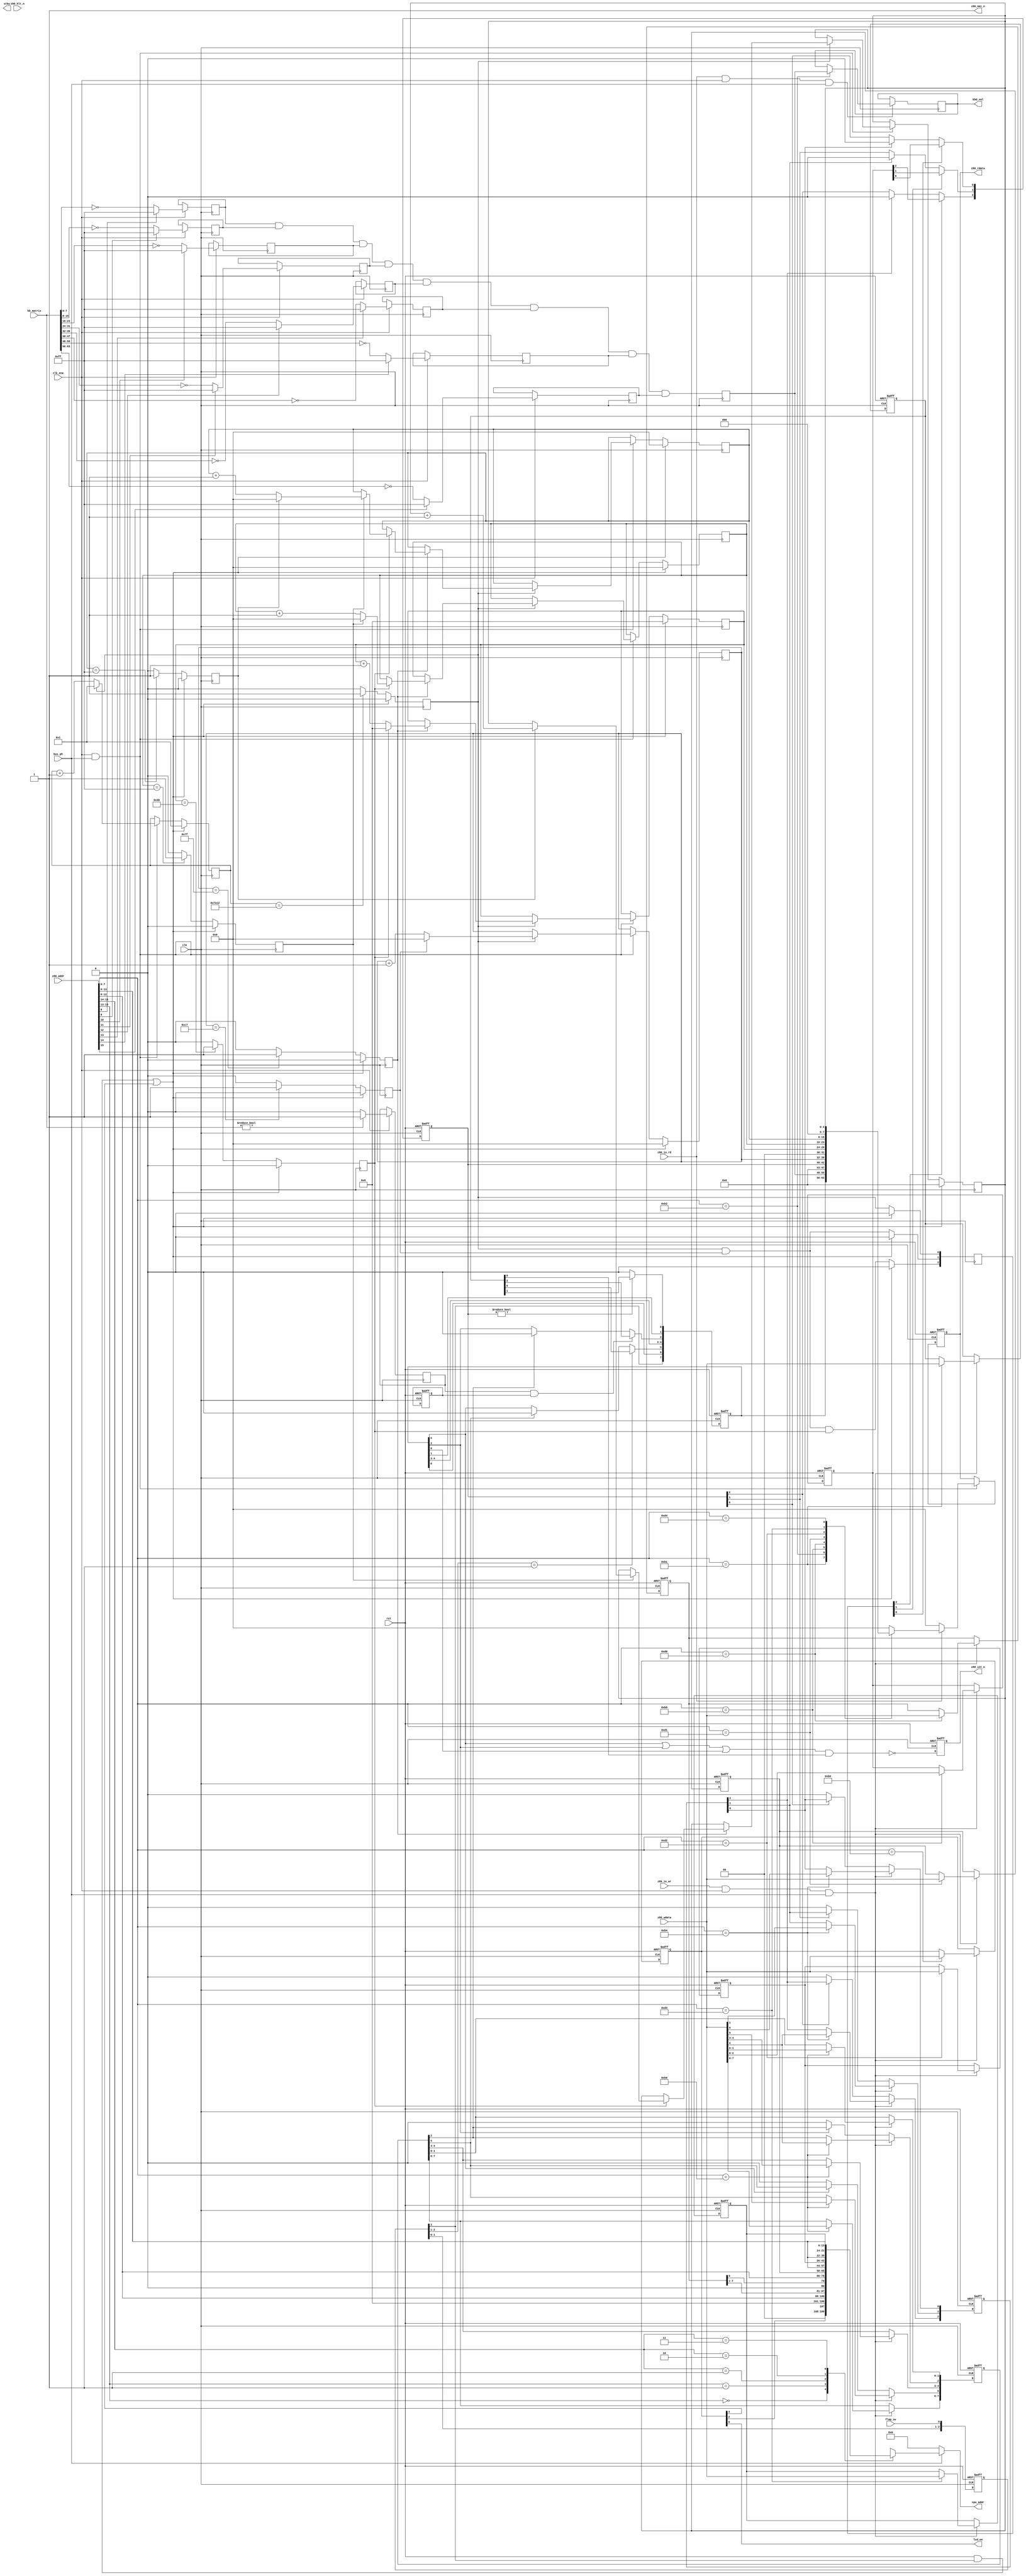
module z88_blink
(
    // Clock and reset
    input           rst,          // Global reset
    input           clk,          // Master clock (50 MHz)
    input           clk_ena,      // 12.5 MHz equivalent clock
    input           bus_ph,       // Bus phase (0 : LCD, 1 : Z80)
    
    // Z80 bus
    input           z80_io_rd,    // Z80 I/O read
    input           z80_io_wr,    // Z80 I/O write
    input    [15:0] z80_addr,     // Z80 address bus
    input     [7:0] z80_wdata,    // Z80 data bus (write)
    output    [7:0] z80_rdata,    // Z80 data bus (read)
    input           z80_hlt_n,    // HALT Coma / Standby command
    output          z80_int_n,    // Maskable interrupt
    output          z80_nmi_n,    // Non maskable interrupt
    
    output   [21:0] cpu_addr,     // 4 MB address space
    
    output          lcd_on,       // LCD is ON
    
    output          stby,         // Standby mode
    
    input    [63:0] kb_matrix,    // 64-key keyboard matrix
    output    [7:0] kbd_val,      // KBD register value (debug)
    
    input           flap_sw       // Flap switch
);

    // ========================================================================
    // MMU Registers Write
    // ========================================================================
    
    // Bank switching (write only)
    reg  [7:0] r_SR0 /* verilator public */;
    reg  [7:0] r_SR1 /* verilator public */;
    reg  [7:0] r_SR2 /* verilator public */;
    reg  [7:0] r_SR3 /* verilator public */;

    // Segment Registers Write
    always @(posedge rst or posedge clk) begin : MMU_REGS_WR
    
        if (rst) begin
            r_SR0 <= 8'h00;
            r_SR1 <= 8'h00;
            r_SR2 <= 8'h00;
            r_SR3 <= 8'h00;
        end
        else begin
            // IO Register Write
            if (z80_io_wr & clk_ena & bus_ph) begin 
                case(z80_addr[7:0])
                    8'hD0 : r_SR0 <= z80_wdata;
                    8'hD1 : r_SR1 <= z80_wdata;
                    8'hD2 : r_SR2 <= z80_wdata;
                    8'hD3 : r_SR3 <= z80_wdata;
                    default : ;
                endcase
            end
        end
    end
    
    // ========================================================================
    // Real time clock
    // ========================================================================
    
    reg [14:0] r_div_5ms; // 6.25 MHz to 200 Hz divider
    reg  [7:0] r_TIM0;    // 5ms tick counter (0-199)
    reg  [5:0] r_TIM1;    // Seconds counter (0-59)
    reg  [7:0] r_TIM2;    // Minutes counter LOW (0-255)
    reg  [7:0] r_TIM3;    // Minutes counter MID (0-255)
    reg  [4:0] r_TIM4;    // Minutes counter HI (0-31)
    reg  [2:0] r_rtc_irq; // Interrupt requests
    
    always @(posedge clk) begin : REAL_TIME_CLK
        reg v_tick_5ms;
        reg v_tick_640ms;
        reg v_tick_1sec;
        reg v_tick_1min;
        reg v_inc_mid;
        reg v_inc_msb;
    
        if ((rst & r_flap_cc[2]) | r_COM[4]) begin
            r_div_5ms    <= 15'd1;
            r_TIM0       <= 8'd0;
            r_TIM1       <= 6'd0;
            r_TIM2       <= 8'd0;
            r_TIM3       <= 8'd0;
            r_TIM4       <= 5'd0;
            r_rtc_irq    <= 3'b000;
            
            v_tick_5ms   <= 1'b0;
            v_tick_640ms <= 1'b0;
            v_tick_1sec  <= 1'b0;
            v_tick_1min  <= 1'b0;
            v_inc_mid    <= 1'b0;
            v_inc_msb    <= 1'b0;
        end
        else begin
            if (clk_ena & bus_ph) begin
                if (v_tick_5ms) begin
                    if (v_tick_640ms) begin
                        if (v_tick_1min) begin
                            if (v_inc_mid) begin
                                if (v_inc_msb) begin
                                    // Minutes HI counter
                                    r_TIM4 <= r_TIM4 + 5'd1;
                                    // Minutes MID counter
                                    r_TIM3 <= 8'd0;
                                end
                                else begin
                                    r_TIM3 <= r_TIM3 + 8'd1;
                                end
                                // Minutes LOW counter
                                r_TIM2 <= 8'd0;
                            end
                            else begin
                                r_TIM2 <= r_TIM2 + 8'd1;
                            end
                            // Seconds counter
                            r_TIM1 <= 6'd0;
                        end
                        else begin
                            r_TIM1 <= r_TIM1 + 6'd1;
                        end
                    end
                    if (v_tick_1sec) begin
                        // 200 Hz counter
                        r_TIM0 <= 8'd0;
                    end
                    else begin
                        r_TIM0 <= r_TIM0 + 8'd1;
                    end
                    // 6.25 MHz counter
                    r_div_5ms <= 15'd1;
                end
                else begin
                    r_div_5ms <= r_div_5ms + 15'd1;
                end
            end
            
            // Interrupt requests
            r_rtc_irq[0] <= v_tick_5ms;
            r_rtc_irq[1] <= v_tick_5ms & v_tick_1sec;
            r_rtc_irq[2] <= v_tick_5ms & v_tick_1sec & v_tick_1min;
            
            // Comparators
            v_tick_5ms   <= (r_div_5ms == 15'd31250) ? 1'b1 : 1'b0;
            v_tick_640ms <= (r_TIM0 == 8'd127) ? 1'b1 : 1'b0;
            v_tick_1sec  <= (r_TIM0 == 8'd199) ? 1'b1 : 1'b0;
            v_tick_1min  <= (r_TIM1 == 6'd59) ? 1'b1 : 1'b0;
            v_inc_mid    <= (r_TIM2 == 8'd255) ? 1'b1 : 1'b0;
            v_inc_msb    <= (r_TIM3 == 8'd255) ? 1'b1 : 1'b0;
        end
    end

    // ========================================================================
    // Blink interrupts
    // ========================================================================
    
    // Common control register (I/O address $B0)
    reg  [7:0] r_COM /* verilator public */;
    // Interrupt masking register (I/O address $B1)
    reg  [7:0] r_INT;
    // Interrupt acknowledge register (I/O address $B6)
    reg  [7:0] r_ACK;
    // Interrupt status register (I/O address $B1)
    reg  [7:0] r_STA;
    // Timer interrupt acknowledge (I/O address $B4)
    reg  [2:0] r_TACK;
    // Timer interrupt mask (I/O address $B5)
    reg  [2:0] r_TMSK;
    // Timer interrupt status (I/O address $B5)
    reg  [2:0] r_TSTA;
    // Z80 interrupt
    reg        r_int_n;
    // Standby mode
    reg        r_stby;
    // Flap switch
    reg  [2:0] r_flap_cc;
    
    always @(posedge rst or posedge clk) begin : BLINK_IRQ
        
        if (rst) begin
            r_COM     <= 8'h00;
            r_INT     <= 8'h00;
            r_ACK     <= 8'h00;
            r_STA     <= 8'h00;
            r_TACK    <= 3'b000;
            r_TMSK    <= 3'b000;
            r_TSTA    <= 3'b000;
            r_int_n   <= 1'b1;
            r_stby    <= 1'b0;
            r_flap_cc <= 3'b000;
        end
        else begin
            // I/O Registers Write
            if (z80_io_wr & clk_ena & bus_ph) begin
                case (z80_addr[7:0])
                    // COM
                    8'hB0 : r_COM  <= z80_wdata[7:0];
                    // INT
                    8'hB1 : r_INT  <= z80_wdata[7:0];
                    // TACK
                    8'hB4 : r_TACK <= z80_wdata[2:0];
                    // TMSK
                    8'hB5 : r_TMSK <= z80_wdata[2:0];
                    // ACK
                    8'hB6 : r_ACK  <= z80_wdata[7:0];
                    default : ;
                endcase
            end
            // Clear acknowledge flags
            else begin
                // KEY
                if (!r_STA[2]) r_ACK[2] <= 1'b0;
                // FLAP
                if (!r_STA[5]) r_ACK[5] <= 1'b0;
                // Tick
                if (!r_TSTA[0]) r_TACK[0] <= 1'b0;
                // Second
                if (!r_TSTA[1]) r_TACK[1] <= 1'b0;
                // Minute
                if (!r_TSTA[2]) r_TACK[2] <= 1'b0;
            end
            
            // Z80 interrupt (FLAP, TIME, KEY, GINT)
            r_int_n <= ~((r_STA[5] | r_STA[2] | r_STA[0]) & r_INT[0]);
            
            // FLAP interrupt
            if (r_flap_cc[2:1] == 2'b01)
                r_STA[5] <= r_INT[5];
            else if (r_ACK[5])
                r_STA[5] <= 1'b0;
            r_STA[7] <= r_flap_cc[2];
            
            // KEY interrupt
            if (r_key_low & r_stby)
                r_STA[2] <= r_INT[2];
            else if (r_ACK[2])
                r_STA[2] <= 1'b0;
                
            // Timer interrupts
            r_STA[0] <= (r_TSTA != 3'b000) ? r_INT[1] : 1'b0;
                
            // Tick interrupt
            if (r_rtc_irq[0])
                r_TSTA[0] <= r_TMSK[0];
            else if (r_TACK[0])
                r_TSTA[0] <= 1'b0;
            
            // Second interrupt
            if (r_rtc_irq[1])
                r_TSTA[1] <= r_TMSK[1];
            else if (r_TACK[1])
                r_TSTA[1] <= 1'b0;
            
            // Minute interrupt
            if (r_rtc_irq[2])
                r_TSTA[2] <= r_TMSK[2];
            else if (r_TACK[2])
                r_TSTA[2] <= 1'b0;
            
            // Clock domain crossing
            r_flap_cc <= { r_flap_cc[1:0], flap_sw };
        end
    end
    
    assign lcd_on = r_COM[0];
    
    assign z80_int_n = r_int_n;
    assign z80_nmi_n = 1'b1;
    
    // ========================================================================
    // Blink registers read
    // ========================================================================
    
    reg [7:0] r_z80_rdata;
    
    always @(posedge rst or posedge clk) begin : BLINK_REGS_RD
    
        if (rst) begin
            r_z80_rdata <= 8'h00;
        end
        else begin
            // I/O Registers Read
            if (clk_ena & bus_ph) begin
                if (z80_io_rd) begin
                    case(z80_addr[7:0])
                        // STA : interrupt status
                        8'hB1 : r_z80_rdata <= r_STA;
                        // KBD : key pressed (TODO: reading KBD when KWAIT set will snooze)
                        8'hB2 : r_z80_rdata <= r_KBD;
                        // TSTA : Timer status
                        8'hB5 : r_z80_rdata <= { 5'b0, r_TSTA };
                        // TIM0 : 5ms tick counter
                        8'hD0 : r_z80_rdata <= r_TIM0;
                        // TIM1 : seconds counter
                        8'hD1 : r_z80_rdata <= { 2'b0, r_TIM1 };
                        // TIM2 : minutes counter
                        8'hD2 : r_z80_rdata <= r_TIM2;
                        // TIM3 : 256 minutes counter
                        8'hD3 : r_z80_rdata <= r_TIM3;
                        // TIM4 : 64K minutes counter
                        8'hD4 : r_z80_rdata <= { 3'b0, r_TIM4 };
                        // UIT : UART interrupt status (required but not implemented)
                        8'hE5 : r_z80_rdata <= 8'h00;
                        // Unknown
                        default: r_z80_rdata <= 8'h00;
                    endcase
                end
                else begin
                    r_z80_rdata <= 8'h00;
                end
            end
        end
    end
    
    assign z80_rdata = r_z80_rdata;

    // ========================================================================
    // CPU address translation
    // ========================================================================
    
    reg [21:0] r_cpu_addr; // 4 MB address space

    /*
    always @(posedge rst or posedge clk) begin : CPU_ADDR_GEN
    
        if (rst) begin
            r_cpu_addr <= 22'd0;
        end
        else begin
            // Address translation
            if (bus_ph) begin
                casez (z80_addr[15:13])
                    // 0000-1FFF : Bank $00 !RAMS, Bank $20 RAMS
                    3'b000 : r_cpu_addr <= { 2'b00, r_COM[2], 6'b0, z80_addr[12:0] };
                    // 2000-3FFF
                    3'b001 : r_cpu_addr <= { r_SR0[7:1], 1'b0, r_SR0[0], z80_addr[12:0] };
                    // 4000-7FFF
                    3'b01? : r_cpu_addr <= { r_SR1[7:0], z80_addr[13:0] };
                    // 8000-BFFF
                    3'b10? : r_cpu_addr <= { r_SR2[7:0], z80_addr[13:0] };
                    // C000-FFFF
                    3'b11? : r_cpu_addr <= { r_SR3[7:0], z80_addr[13:0] };
                endcase
            end
            else begin
                r_cpu_addr <= 22'd0;
            end
        end
    end
    */
    
    always @(*) begin : CPU_ADDR_GEN
    
        // Address translation
        if (bus_ph) begin
            casez (z80_addr[15:13])
                // 0000-1FFF : Bank $00 !RAMS, Bank $20 RAMS
                3'b000 : r_cpu_addr = { 2'b00, r_COM[2], 6'b0, z80_addr[12:0] };
                // 2000-3FFF
                3'b001 : r_cpu_addr = { r_SR0[7:1], 1'b0, r_SR0[0], z80_addr[12:0] };
                // 4000-7FFF
                3'b01? : r_cpu_addr = { r_SR1[7:0], z80_addr[13:0] };
                // 8000-BFFF
                3'b10? : r_cpu_addr = { r_SR2[7:0], z80_addr[13:0] };
                // C000-FFFF
                3'b11? : r_cpu_addr = { r_SR3[7:0], z80_addr[13:0] };
            endcase
        end
        else begin
            r_cpu_addr = 22'd0;
        end
    end
    
    assign cpu_addr = r_cpu_addr;
    
    // ========================================================================
    // Keyboard scanning
    // ========================================================================
    
    reg [7:0] r_kbd_val;
    reg [7:0] r_KBD;
    reg       r_key_low;
    
    always @(posedge clk) begin : KB_SCAN
        reg [7:0] v_kb_col [0:7];
    
        r_KBD <= v_kb_col[0] & v_kb_col[1] & v_kb_col[2] & v_kb_col[3]
               & v_kb_col[4] & v_kb_col[5] & v_kb_col[6] & v_kb_col[7];
    
        if (clk_ena) begin
            v_kb_col[0] <= (!z80_addr[ 8]) ? ~kb_matrix[ 7: 0] : 8'b11111111;
            v_kb_col[1] <= (!z80_addr[ 9]) ? ~kb_matrix[15: 8] : 8'b11111111;
            v_kb_col[2] <= (!z80_addr[10]) ? ~kb_matrix[23:16] : 8'b11111111;
            v_kb_col[3] <= (!z80_addr[11]) ? ~kb_matrix[31:24] : 8'b11111111;
            v_kb_col[4] <= (!z80_addr[12]) ? ~kb_matrix[39:32] : 8'b11111111;
            v_kb_col[5] <= (!z80_addr[13]) ? ~kb_matrix[47:40] : 8'b11111111;
            v_kb_col[6] <= (!z80_addr[14]) ? ~kb_matrix[55:48] : 8'b11111111;
            v_kb_col[7] <= (!z80_addr[15]) ? ~kb_matrix[63:56] : 8'b11111111;
            r_key_low   <= (kb_matrix != 64'b0) ? 1'b1 : 1'b0;
        end
        
        // Debug
        if (z80_io_rd & clk_ena & bus_ph) begin
            if (z80_addr[7:0] == 8'hB2) begin
                r_kbd_val <= r_KBD;
            end
        end
    end
    
    assign kbd_val = r_kbd_val;
    
endmodule